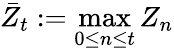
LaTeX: \bar{Z}_{t}:=\operatorname*{max}_{0\leq n\leq t}Z_{n}